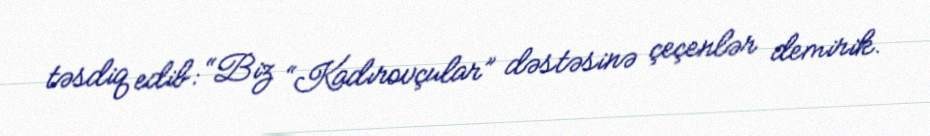
təsdiq edib: “Biz “Kadırovçular” dəstəsinə çeçenlər demirik.